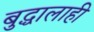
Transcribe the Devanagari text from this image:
बुद्धालाही